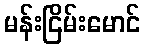
မန်းငြိမ်းမောင်